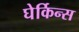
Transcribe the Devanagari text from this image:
घेर्किन्स